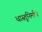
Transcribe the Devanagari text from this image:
वास्तुनिर्माण